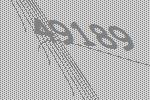
49189